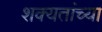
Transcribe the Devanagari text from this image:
शक्यतांच्या